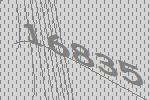
16835